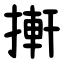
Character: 搟